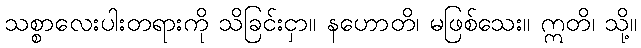
သစ္စာလေးပါးတရားကို သိခြင်းငှာ။ နဟောတိ၊ မဖြစ်သေး။ ဣတိ၊ သို့။